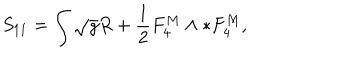
S _ { 1 1 } = \int \sqrt { g } R + \frac { 1 } { 2 } F _ { 4 } ^ { M } \wedge * F _ { 4 } ^ { M } ,